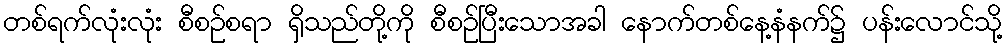
တစ်ရက်လုံးလုံး စီစဉ်စရာ ရှိသည်တို့ကို စီစဉ်ပြီးသောအခါ နောက်တစ်နေ့နံနက်၌ ပန်းလောင်သို့